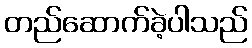
တည်ဆောက်ခဲ့ပါသည်